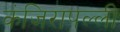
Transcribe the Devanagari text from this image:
कंजिरापल्ली